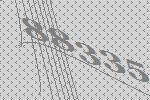
88335